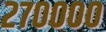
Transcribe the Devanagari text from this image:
२७००००